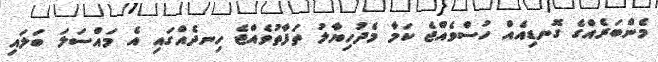
މެންބަރެއްގެ ގޮނޑިއެއް ހުސްވެއްޖެ ކަމާ މެދުހިޔާލު ތަފާތުވެއްޖެ ހިނދެއްގައި އެ މައްސަލަ ބަލައި